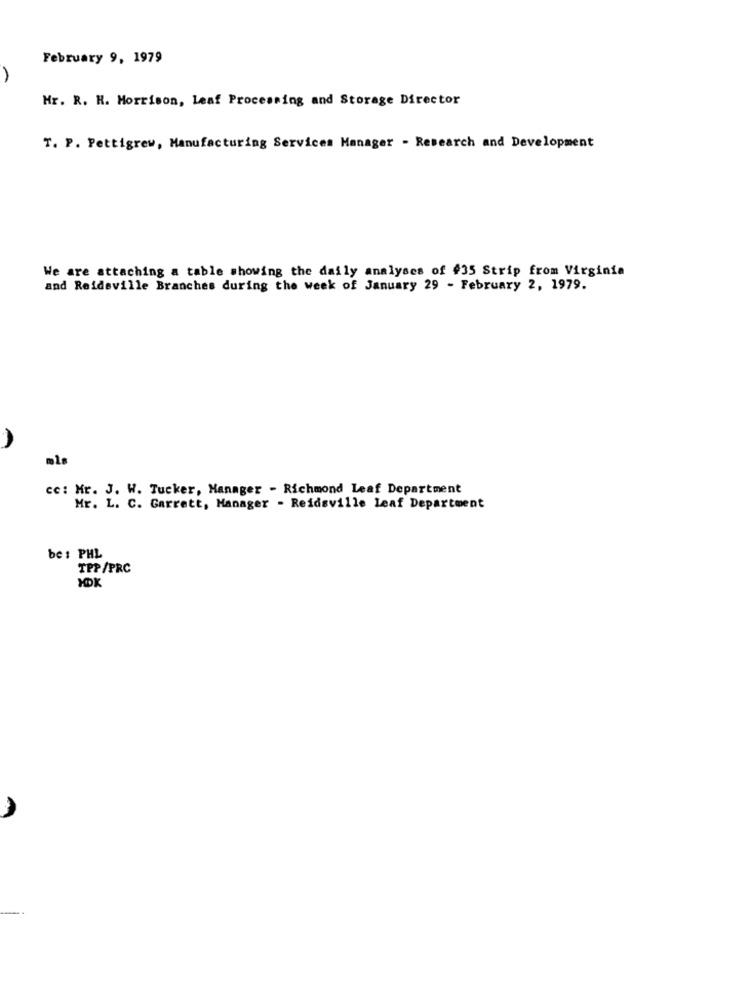
February 9, 1979
A
Mr. R. H. Morrison, Leaf Processing and Storage Director
T. P. Pettigrew, Manufacturing Services Manager - Research and Development
We are attaching a table showing the daily analyses of #35 Strip from Virginia
and Reidsville Branches during the week of January 29 - February 2, 1979.
cc: Mr. J. W. Tucker, Manager - Richmond leaf Department
Mr. L. C. Garrett, Manager - Reidsville Leaf Department
be : PHL
TPP/PRC